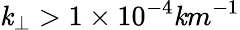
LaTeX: \mathit{k}_{\perp}>1\times10^{-4}\mathit{k}m^{-1}